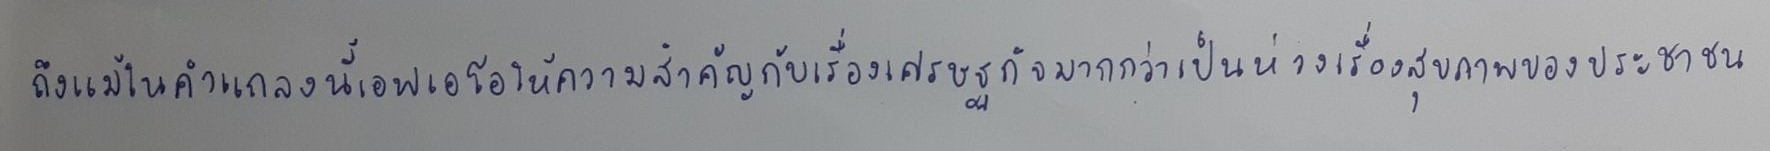
ถึงแม้ในคำแถลงนี้เอฟเอโอให้ความสำคัญกับเรื่องเศรษฐกิจมากกว่าเป็นห่วงเรื่องสุขภาพของประชาชน